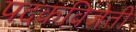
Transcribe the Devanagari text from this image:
पदकविजेती